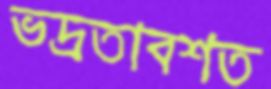
ভদ্রতাবশত